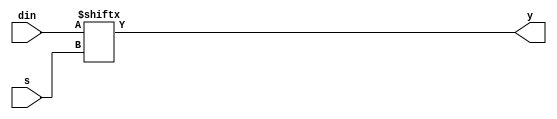
/*
behavioral model of a 2x1 mux
*/

module mux_2x1(input[1:0] din, input s, output reg y);

    always @(din or s) begin
        y = din[s];
    end

endmodule